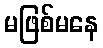
မဖြစ်မနေ